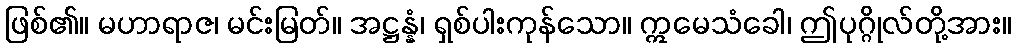
ဖြစ်၏။ မဟာရာဇ၊ မင်းမြတ်။ အဋ္ဌန္နံ၊ ရှစ်ပါးကုန်သော။ ဣမေသံခေါ၊ ဤပုဂ္ဂိုလ်တို့အား။